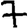
Digit: 7